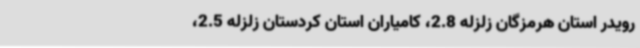
رویدر استان هرمزگان زلزله 2.8، کامیاران استان کردستان زلزله 2.5،